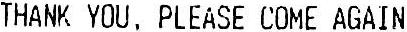
THANK YOU, PLEASE COME AGAIN